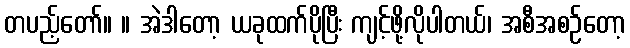
တပည့်တော်။ ။ အဲဒါတော့ ယခုထက်ပိုပြီး ကျင့်ဖို့လိုပါတယ်၊ အစီအစဉ်တော့